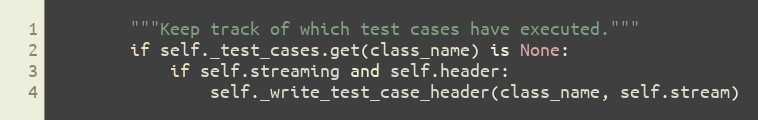
Language: Python
        """Keep track of which test cases have executed."""
        if self._test_cases.get(class_name) is None:
            if self.streaming and self.header:
                self._write_test_case_header(class_name, self.stream)